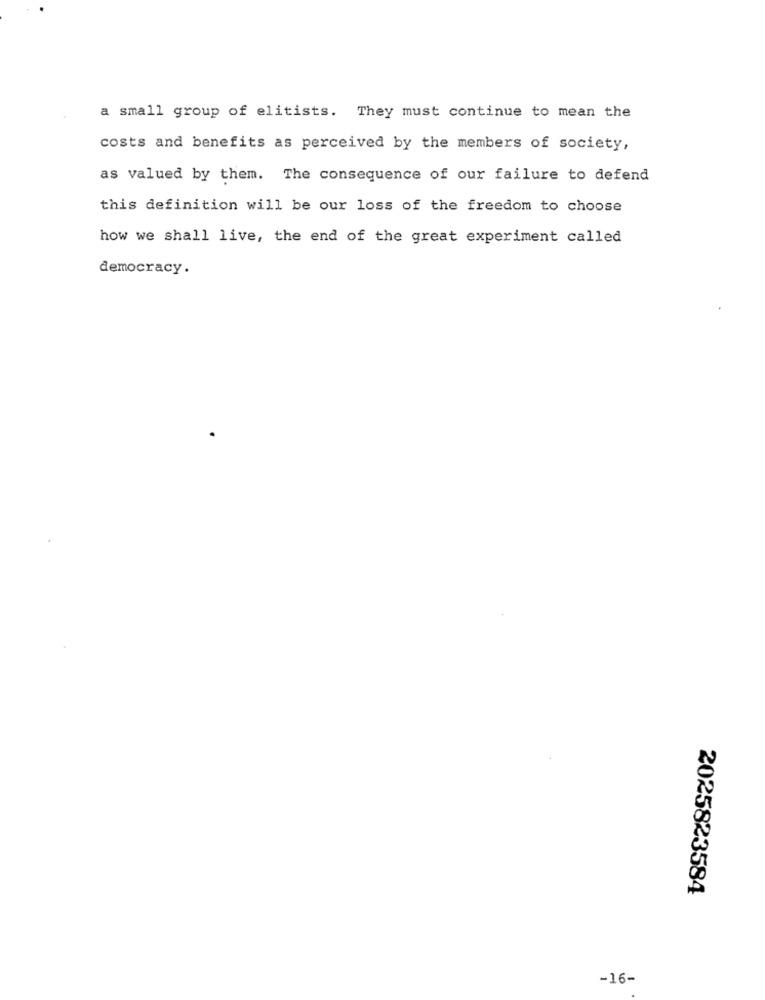
a small group of elitists. They must continue to mean the
costs and benefits as perceived by the members of society,
as valued by them. The consequence of our failure to defend
this definition will be our loss of the freedom to choose
how we shall live, the end of the great experiment called
democracy.
2025823584
-16-